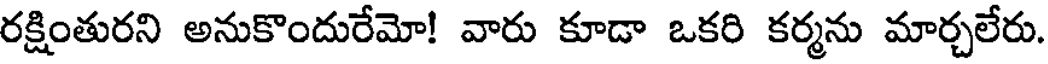
రక్షింతురని అనుకొందురేమో! వారు కూడా ఒకరి కర్మను మార్చలేరు.